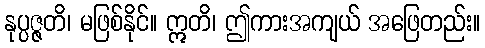
နုပ္ပဇ္ဇတိ၊ မဖြစ်နိုင်။ ဣတိ၊ ဤကားအကျယ် အဖြေတည်း။